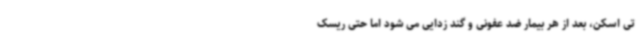
تی اسکن، بعد از هر بیمار ضد عفونی و گند زدایی می شود اما حتی ریسک